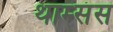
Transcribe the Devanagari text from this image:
थाम्संस